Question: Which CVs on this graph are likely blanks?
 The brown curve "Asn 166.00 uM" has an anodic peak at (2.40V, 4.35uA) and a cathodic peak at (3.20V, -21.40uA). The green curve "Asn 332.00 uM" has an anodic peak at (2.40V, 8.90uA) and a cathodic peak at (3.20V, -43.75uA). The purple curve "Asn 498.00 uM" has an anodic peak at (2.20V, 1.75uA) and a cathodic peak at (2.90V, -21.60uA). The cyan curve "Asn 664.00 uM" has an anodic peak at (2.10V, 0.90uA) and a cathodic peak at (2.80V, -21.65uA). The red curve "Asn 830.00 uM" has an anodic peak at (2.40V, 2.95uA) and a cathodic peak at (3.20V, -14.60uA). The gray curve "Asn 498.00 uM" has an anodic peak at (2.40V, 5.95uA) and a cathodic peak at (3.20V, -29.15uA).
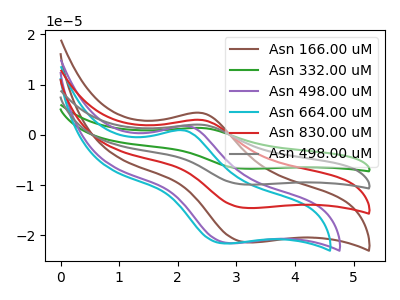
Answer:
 <answer>There are not any CV's on this graph that are likely to be blanks.</answer>
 <eval>none</eval>